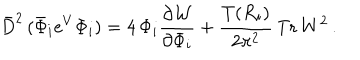
\bar { D } ^ { 2 } \, ( \bar { \Phi } _ { i } e ^ { V } { \Phi } _ { i } ) = 4 \, { \Phi } _ { i } \frac { \partial { \cal W } } { \partial { \Phi } _ { i } } + \frac { T ( R _ { i } ) } { 2 \pi ^ { 2 } } \, \mathrm { T r } \, W ^ { 2 } \, .